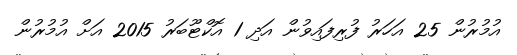
އުމުރުން 25 އަހަރު ފުރިފައިވުން އަދި 1 އޮކްޓޫބަރު 2015 އަށް އުމުރުން